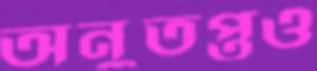
অনুতপ্তও